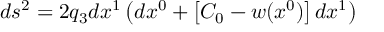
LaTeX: d s ^ { 2 } = 2 q _ { 3 } d x ^ { 1 } \left( d x ^ { 0 } + \left[ { \cal { C } } _ { 0 } - w ( x ^ { 0 } ) \right] d x ^ { 1 } \right)